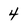
Character: 4